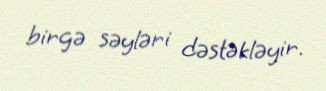
birgə səyləri dəstəkləyir.